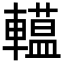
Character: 𨎽